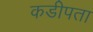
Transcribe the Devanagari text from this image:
कडीपता